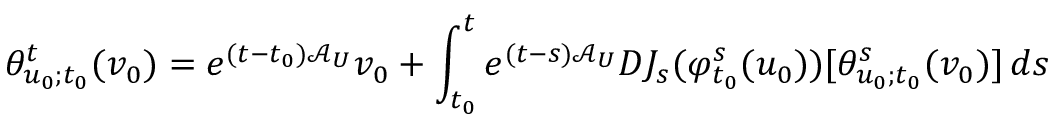
\theta _ { u _ { 0 } ; t _ { 0 } } ^ { t } ( v _ { 0 } ) = e ^ { ( t - t _ { 0 } ) \mathcal { A } _ { U } } v _ { 0 } + \int _ { t _ { 0 } } ^ { t } e ^ { ( t - s ) \mathcal { A } _ { U } } D J _ { s } ( \varphi _ { t _ { 0 } } ^ { s } ( u _ { 0 } ) ) [ \theta _ { u _ { 0 } ; t _ { 0 } } ^ { s } ( v _ { 0 } ) ] \, d s